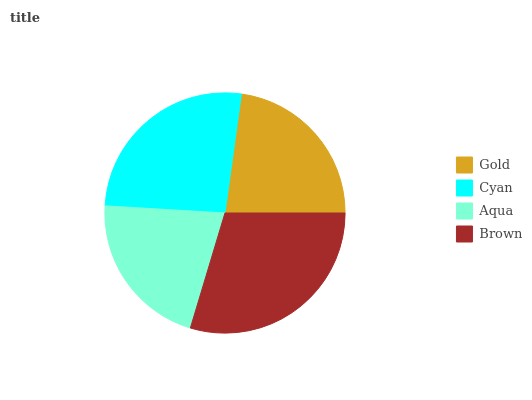
| Gold | Cyan | Aqua | Brown |
 | --- | --- | --- | --- |
 | 22.8% | 26.3% | 21.3% | 29.6% |